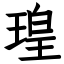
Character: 瑝